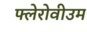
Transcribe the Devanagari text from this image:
फ्लेरोवीउम